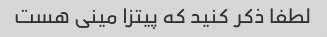
لطفا ذکر کنید که پیتزا مینی هست